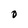
Character: O